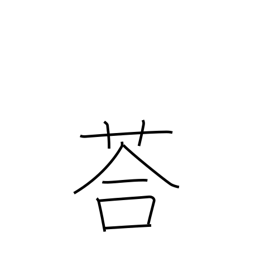
Meaning: adzuki beans